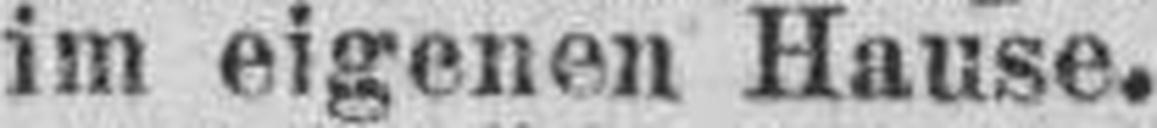
im eigenen Hause.